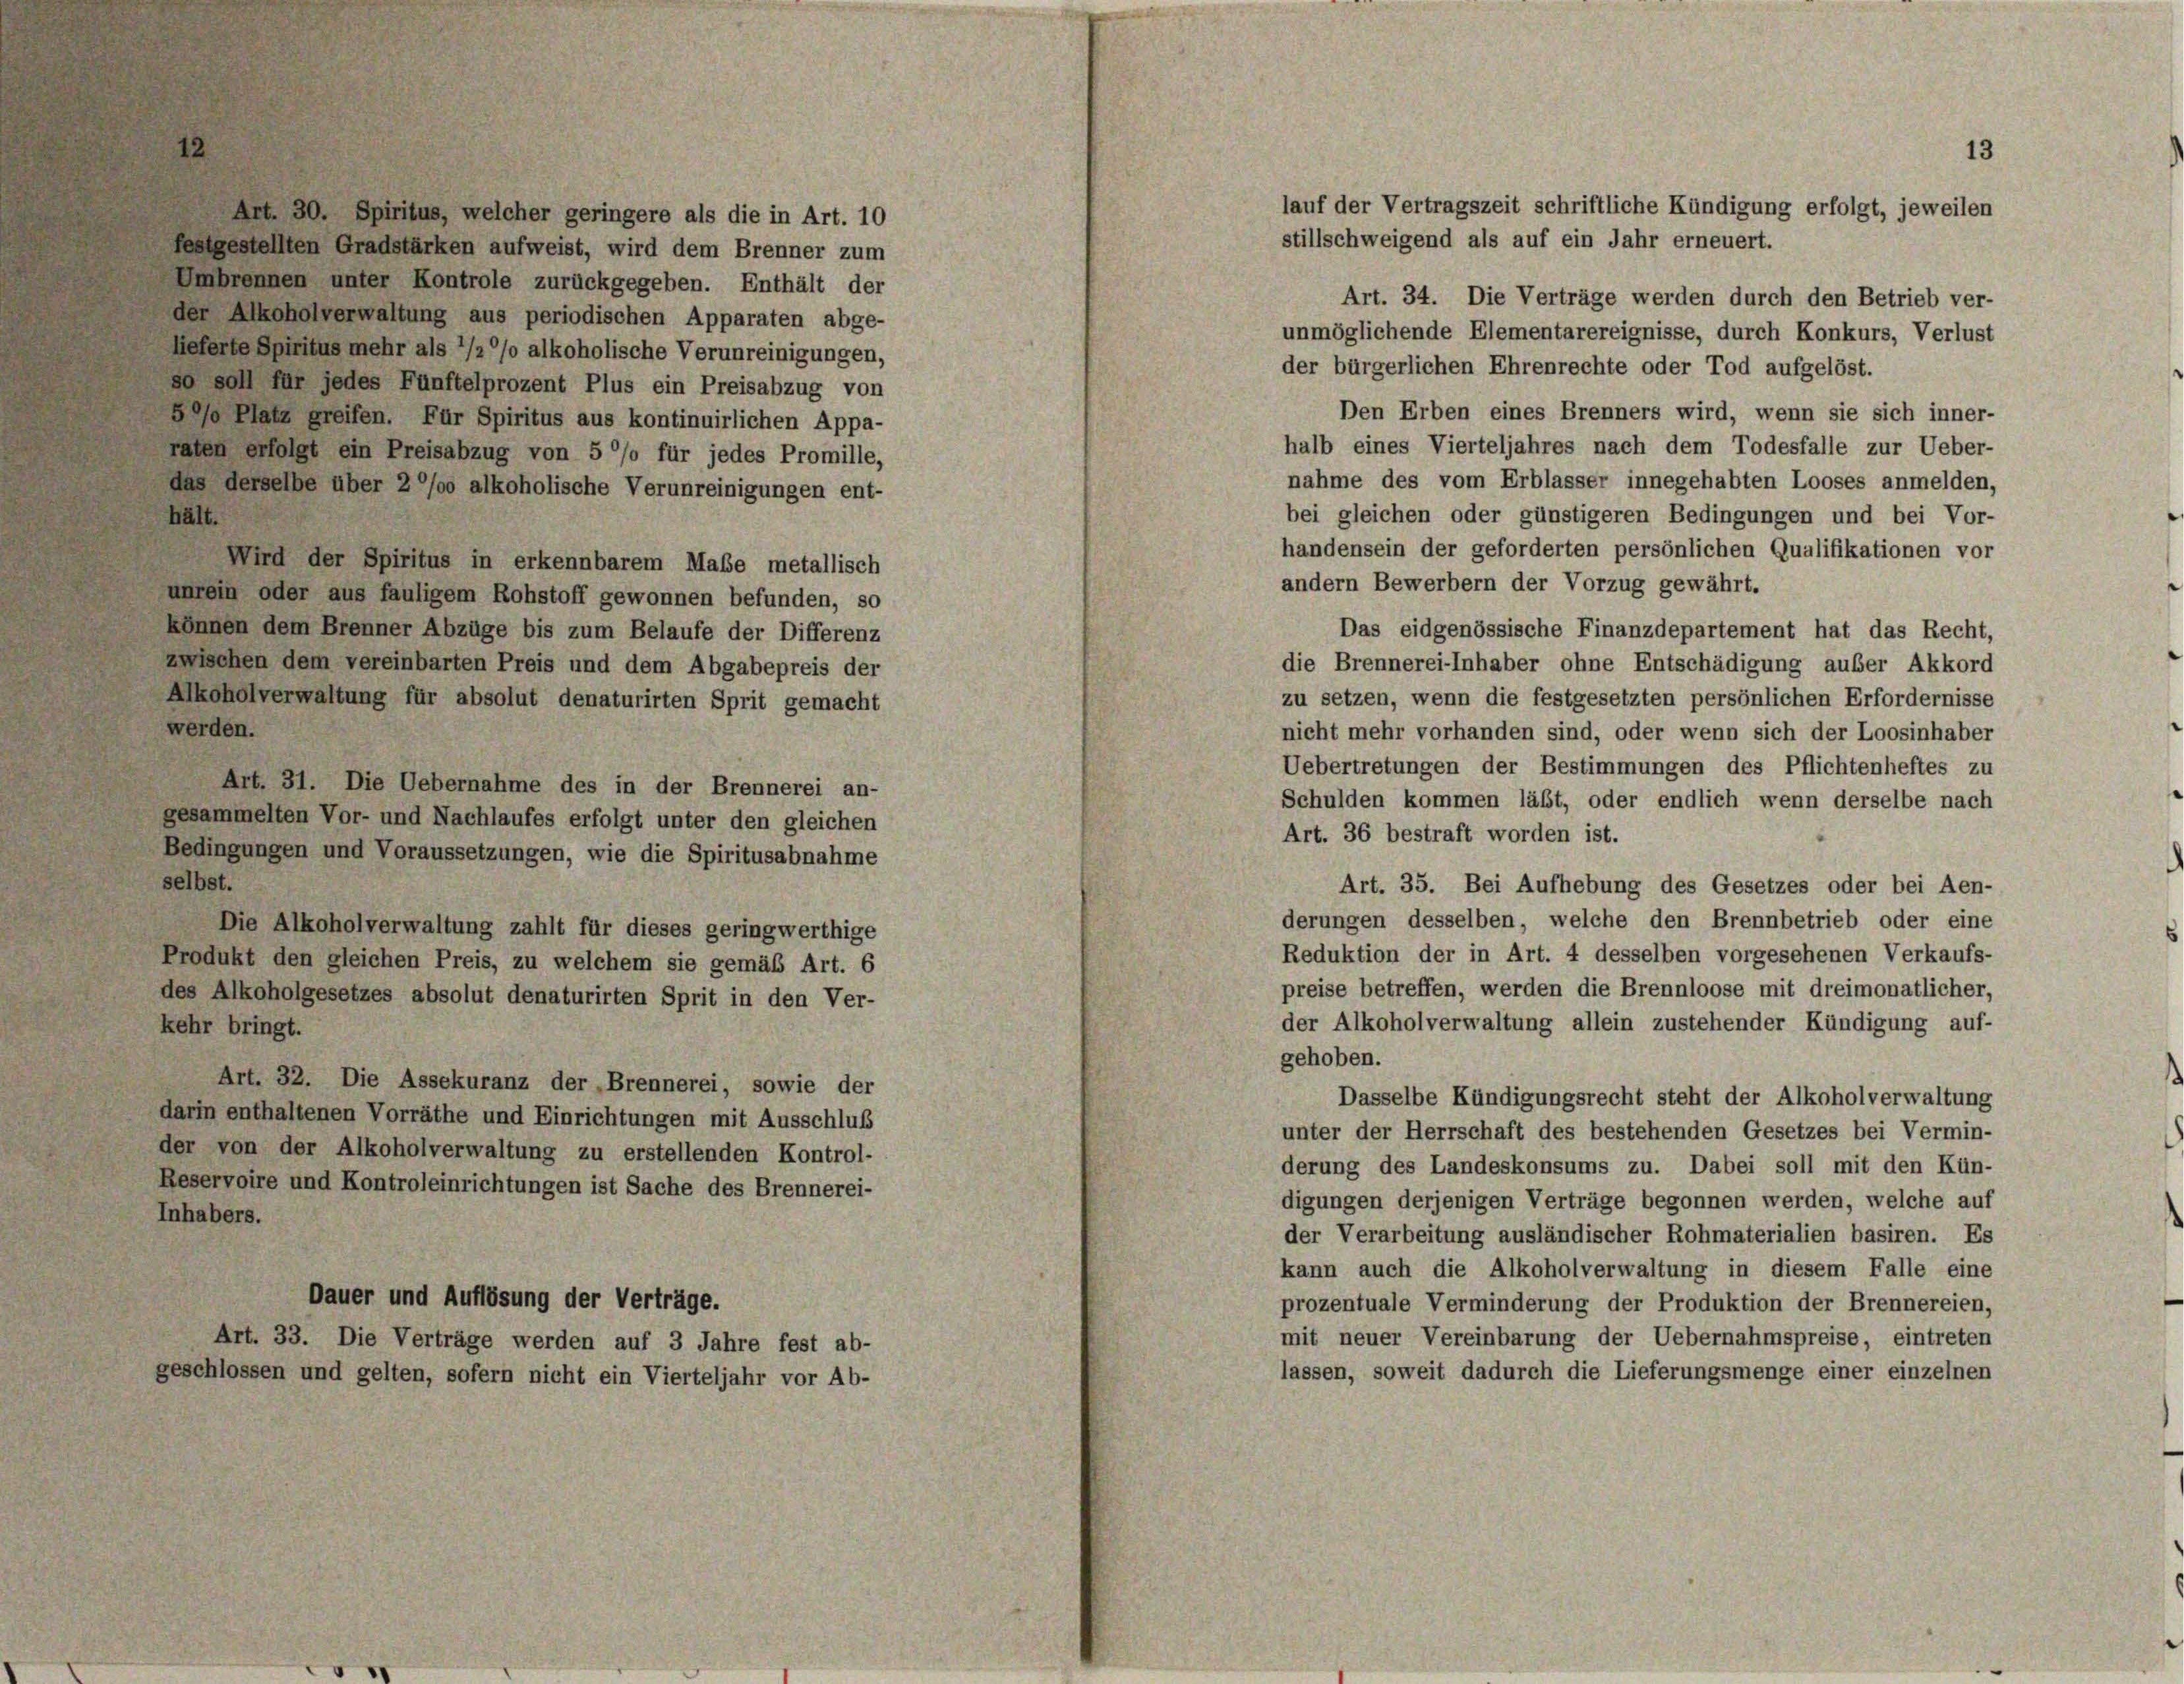
Art. 30. Spiritus, welcher geringere als die in Art. 10
festgestellten Gradstärken aufweist, wird dem Brenner zum
Umbrennen unter Kontrole zurückgegeben. Enthält der
der Alkoholverwaltung aus periodischen Apparaten abge-
lieferte Spiritus mehr als 1/2% alkoholische Verunreinigungen,
so soll für jedes Fünftelprozent Plus ein Preisabzug von
5/o Platz greifen. Für Spiritus aus kontinuirlichen Appa-
raten erfolgt ein Preisabzug von 5 °/o für jedes Promille,
das derselbe über 2 % alkoholische Verunreinigungen ent-
hält.
Wird der Spiritus in erkennbarem Maße metallisch
unrein oder aus fauligem Rohstoff gewonnen befunden, so
können dem Brenner Abzüge bis zum Belaufe der Differenz
zwischen dem vereinbarten Preis und dem Abgabepreis der
Alkoholverwaltung für absolut denaturirten Sprit gemacht
werden.
Art. 31. Die Uebernahme des in der Brennerei an-
gesammelten Vor- und Nachlaufes erfolgt unter den gleichen
Bedingungen und Voraussetzungen, wie die Spiritusabnahme
selbst.
Die Alkoholverwaltung zahlt für dieses geringwerthige
Produkt den gleichen Preis, zu welchem sie gemäß Art. 6
des Alkoholgesetzes absolut denaturirten Sprit in den Ver-
kehr bringt.
Art. 32. Die Assekuranz der „Brennerei, sowie der
darin enthaltenen Vorräthe und Einrichtungen mit Ausschluß
der von der Alkoholverwaltung zu erstellenden Kontrol-
Reservoire und Kontroleinrichtungen ist Sache des Brennerei-
Inhabers.
Dauer und Auflösung der Verträge.
Art. 33. Die Verträge werden auf 3 Jahre fest ab-
geschlossen und gelten, sofern nicht ein Vierteljahr vor Ab-

stillschweigend als auf ein Jahr erneuert.
Art. 34. Die Verträge werden durch den Betrieb ver-
unmöglichende Elementarereignisse, durch Konkurs, Verlust
der bürgerlichen Ehrenrechte oder Tod aufgelöst.
Den Erben eines Brenners wird, wenn sie sich inner-
halb eines Vierteljahres nach dem Todesfalle zur Ueber-
nahme des vom Erblasser innegehabten Looses anmelden,
bei gleichen oder günstigeren Bedingungen und bei Vor-
handensein der geforderten persönlichen Qualifikationen vor
andern Bewerbern der Vorzug gewährt.
Das eidgenössische Finanzdepartement hat das Recht,
die Brennerei-Inhaber ohne Entschädigung außer Akkord
zu setzen, wenn die festgesetzten persönlichen Erfordernisse
nicht mehr vorhanden sind, oder wenn sich der Loosinhaber
Uebertretungen der Bestimmungen des Pflichtenheftes zu
Schulden kommen läßt, oder endlich wenn derselbe nach
Art. 36 bestraft worden ist.
Art. 35. Bei Aufhebung des Gesetzes oder bei Aen-
derungen desselben, welche den Brennbetrieb oder eine
Reduktion der in Art. 4 desselben vorgesehenen Verkaufs-
preise betreffen, werden die Brennloose mit dreimonatlicher,
der Alkoholverwaltung allein zustehender Kündigung auf-
gehoben.
Dasselbe Kündigungsrecht steht der Alkoholverwaltung
unter der Herrschaft des bestehenden Gesetzes bei Vermin-
derung des Landeskonsums zu. Dabei soll mit den Kün-
digungen derjenigen Verträge begonnen werden, welche auf
der Verarbeitung ausländischer Rohmaterialien basiren. Es
kann auch die Alkoholverwaltung in diesem Falle eine
prozentuale Verminderung der Produktion der Brennereien,
mit neuer Vereinbarung der Uebernahmspreise, eintreten
lassen, soweit dadurch die Lieferungsmenge einer einzelnen

13
lauf der Vertragszeit schriftliche Kündigung erfolgt, jeweilen